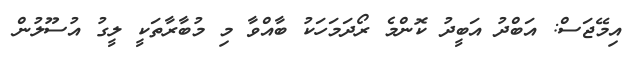
އިމޭޖަސް: އަބްދު އަބީދު ކޮންމެ ރޯދަމަހަކު ބާއްވާ މި މުބާރާތަކީ ލީގު އުސޫލުން